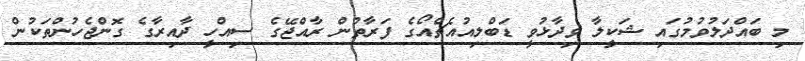
މި ބައްދަލުވުމުގައި ޝަކީލާ ވިދާޅުވީ ޑަބްލިއުއެޗްއޯގެ ފަރާތުން ރާއްޖޭގެ ސިއްހީ ދާއިރާގެ ގޮންޖެހުންތަކުން